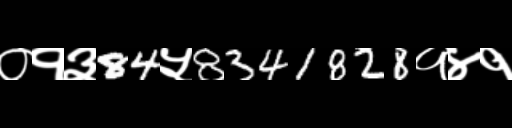
Text: ०१३84५8341828१४१